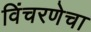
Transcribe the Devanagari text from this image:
विंचरणेचा